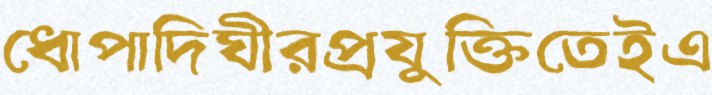
ধোপাদিঘীরপ্রযুক্তিতেইএ